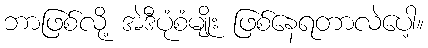
ဘာဖြစ်လို့ အဲဒီပုံစံမျိုး ဖြစ်နေရတာလဲပေါ့။